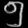
Digit: ၅